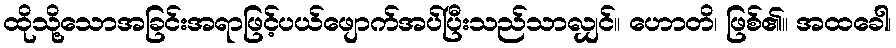
ထိုသို့သောအခြင်းအရာဖြင့်ပယ်ဖျောက်အပ်ပြီးသည်သာလျှင်။ ဟောတိ၊ ဖြစ်၏။ အထခေါ၊